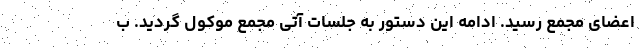
اعضای مجمع رسید. ادامه این دستور به جلسات آتی مجمع موکول گردید. ب